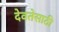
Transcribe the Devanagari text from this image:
देवतेसाठी